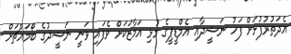
އެދަތުރުފުޅަށް ފަހު ނަޝީދާއި އެމްޑީޕީގެ މުޅި އަމާޒަކަށް ވެފައި ވަނީ ނަޝީދުގެ ބޯމައްޗަށް